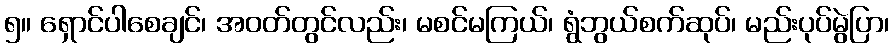
၅။ ရှောင်ပါစေချင်၊ အဝတ်တွင်လည်း၊ မစင်မကြယ်၊ ရွံဘွယ်စက်ဆုပ်၊ မည်းပုပ်မွဲပြာ၊